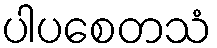
ပါပစေတသံ